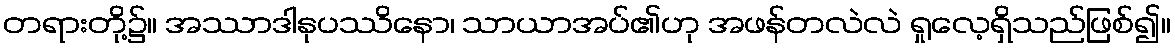
တရားတို့၌။ အဿာဒါနုပဿိနော၊ သာယာအပ်၏ဟု အဖန်တလဲလဲ ရှုလေ့ရှိသည်ဖြစ်၍။